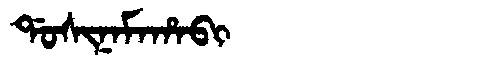
Manchu: ᡩᠣᠰᡳᠨᠠᠮᠠᡥᠠᠪᡳ
Romanization: DOSINAMAHABI